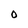
Character: O